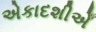
એકાદશીએ